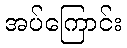
အပ်ကြောင်း